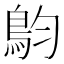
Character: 𩿖